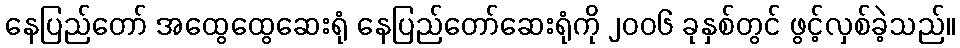
နေပြည်တော် အထွေထွေဆေးရုံ နေပြည်တော်ဆေးရုံကို ၂၀၀၆ ခုနှစ်တွင် ဖွင့်လှစ်ခဲ့သည်။